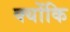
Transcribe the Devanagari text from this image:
क्‍योंकि